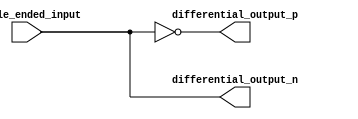
module differential_buffer (
    input single_ended_input,
    output differential_output_p,
    output differential_output_n
);

wire inv_output;

// Complementary inverters
assign inv_output = ~single_ended_input;
assign differential_output_p = inv_output;
assign differential_output_n = ~inv_output;

endmodule